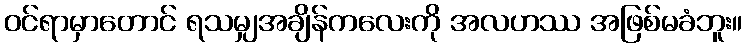
ဝင်ရာမှာတောင် ရသမျှအချိန်ကလေးကို အလဟဿ အဖြစ်မခံဘူး။